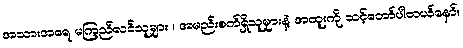
အသားအရေ မကြည်လင်သူများ ၊ အမည်းစက်ရှိသူများနဲ့ အထူးကို သင့်တော်ပါတယ်နော်။